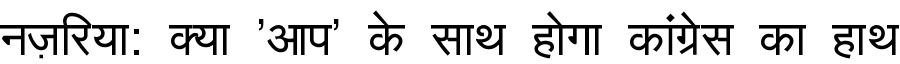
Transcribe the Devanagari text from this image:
नज़रिया: क्या 'आप' के साथ होगा कांग्रेस का हाथ